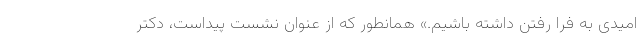
امیدی به فرا رفتن داشته باشیم.» همانطور که از عنوان نشست پیداست، دکتر